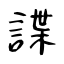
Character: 諜